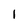
Character: 1